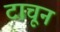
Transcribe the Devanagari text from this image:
टाचून